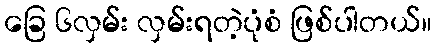
ခြေ ၆လှမ်း လှမ်းရတဲ့ပုံစံ ဖြစ်ပါတယ်။